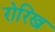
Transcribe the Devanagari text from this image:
रोरिख